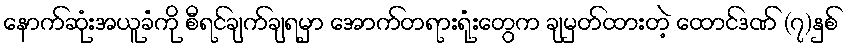
နောက်ဆုံးအယူခံကို စီရင်ချက်ချရမှာ အောက်တရားရုံးတွေက ချမှတ်ထားတဲ့ ထောင်ဒဏ် (၇)နှစ်